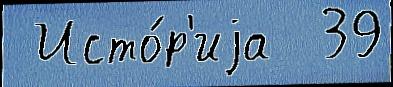
 Исто́р'иjа  39